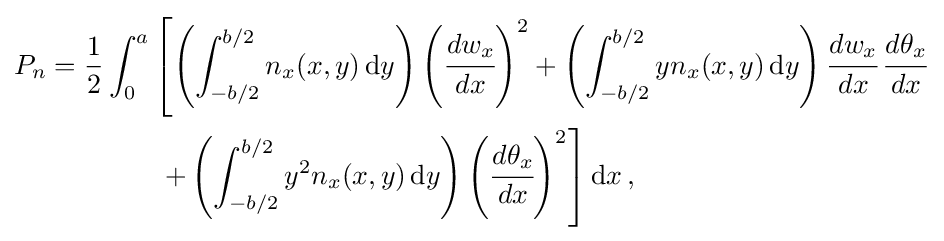
{\begin{aligned}P_{n}&={\frac {1}{2}}\int _{0}^{a}\left[\left(\int _{-b/2}^{b/2}n_{x}(x,y)\,{\text{d}}y\right)\left({\cfrac {dw_{x}}{dx}}\right)^{2}+\left(\int _{-b/2}^{b/2}yn_{x}(x,y)\,{\text{d}}y\right){\cfrac {dw_{x}}{dx}}\,{\cfrac {d\theta _{x}}{dx}}\right.\\&\left.\qquad \qquad +\left(\int _{-b/2}^{b/2}y^{2}n_{x}(x,y)\,{\text{d}}y\right)\left({\cfrac {d\theta _{x}}{dx}}\right)^{2}\right]{\text{d}}x\,,\end{aligned}}